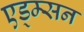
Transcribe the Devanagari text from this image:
एड्म्सन